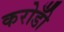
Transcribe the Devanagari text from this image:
करोडोँ